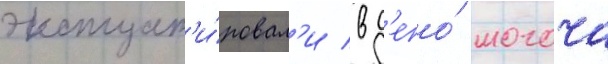
эксплуат'и́ровал'и в д'епо́ могоча